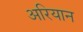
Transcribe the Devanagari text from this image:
अरियान